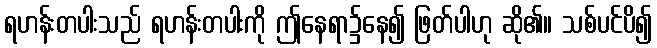
ရဟန်းတပါးသည် ရဟန်းတပါးကို ဤနေရာ၌နေ၍ ဖြတ်ပါဟု ဆို၏။ သစ်ပင်ပိ၍